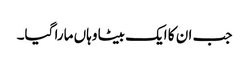
جب ان کا ایک بیٹا وہاں مارا گیا۔